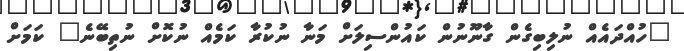
"ހުއްދައެއް ނުލިބިގެން ގާނޫނުން ކައުންސިލަށް މަނާ ނުކުރާ ކަމެއް ނުކޮށް ނުތިބޭނެ" ކަމަށް